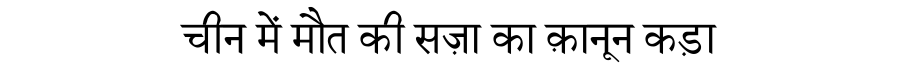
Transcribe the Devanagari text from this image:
चीन में मौत की सज़ा का क़ानून कड़ा